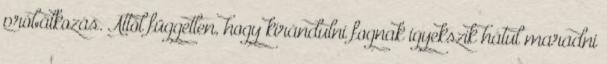
próbálkozás. Attól független, hogy kirándulni fognak igyekszik hátul maradni